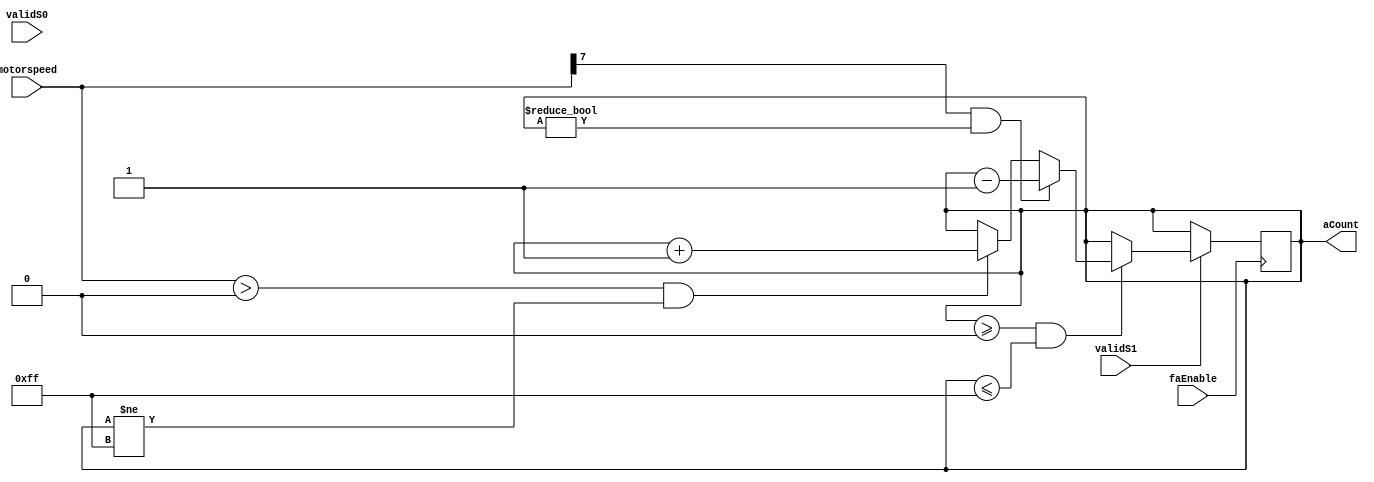
module aCounter(validS0, validS1, motorspeed, faEnable, aCount);

input faEnable, validS0, validS1; 
input signed [7:0] motorspeed;
output reg [7:0] aCount;

initial
	begin
		aCount = 8'b00000000;     // (20000+20)/2 <- new values
	end	


/** this logic depends on whether or not verilog can compare different # bit values 
		8 bit vs 15 bit   */		
// imnplement boundary control (0-255)
always @ (posedge faEnable) //Need to slow this down
	begin							
		if (validS1)
			begin
				if (aCount >= 8'b00000000 && aCount <= 8'b11111111)
				//	 if	   aCount > 1				and       aCount < 255
					begin
					if (motorspeed[7] && aCount != 8'b00000000)      // if motorspeed is negative and not equal to 0
						aCount = aCount - 8'b00000001;			// subtract 1 from aCount
					else if (motorspeed > 8'b00000000 && aCount != 8'b11111111)	// if motorspeed is positive and not equal to 255
						aCount = aCount + 8'b00000001;			// add 1 to aCount
				end
		end
	end
	
endmodule